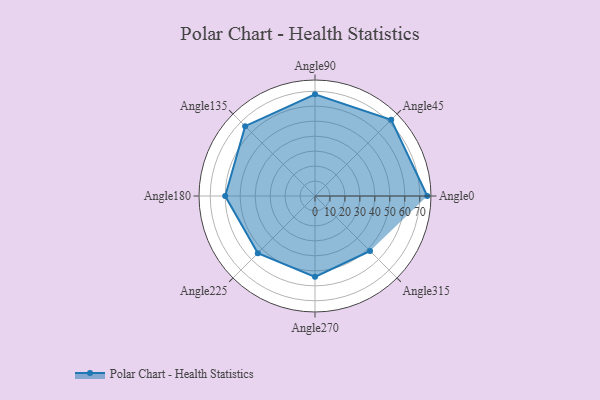
{"axis": {"x": "Angle", "y": "Radius"}, "legend": [""], "data": [{"x": "Angle0", "y": 75.0, "type": ""}, {"x": "Angle45", "y": 72.0, "type": ""}, {"x": "Angle90", "y": 68.0, "type": ""}, {"x": "Angle135", "y": 66.0, "type": ""}, {"x": "Angle180", "y": 60.0, "type": ""}, {"x": "Angle225", "y": 54.0, "type": ""}, {"x": "Angle270", "y": 54.0, "type": ""}, {"x": "Angle315", "y": 52.0, "type": ""}]}